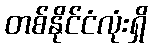
တစ်နိုင်ငံလုံးရှိ